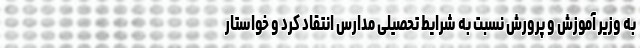
به وزیر آموزش و پرورش نسبت به شرایط تحصیلی مدارس انتقاد کرد و خواستار